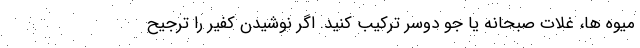
میوه ها، غلات صبحانه یا جو دوسر ترکیب کنید. اگر نوشیدن کفیر را ترجیح